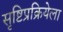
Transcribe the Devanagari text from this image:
सृष्टिप्रक्रियेला